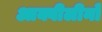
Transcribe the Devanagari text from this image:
आक्वीलीनो